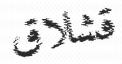
قشلاق